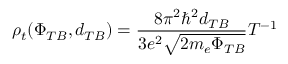
\rho _ { t } ( \Phi _ { T B } , d _ { T B } ) = \frac { 8 \pi ^ { 2 } \hbar ^ { 2 } d _ { T B } } { 3 e ^ { 2 } \sqrt { 2 m _ { e } \Phi _ { T B } } } T ^ { - 1 }